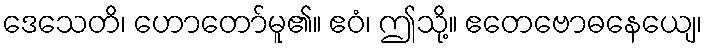
ဒေသေတိ၊ ဟောတော်မူ၏။ ဧဝံ၊ ဤသို့။ ဧတေဗောဓနေယျေ၊